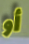
أو